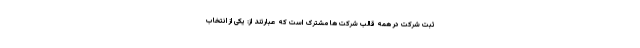
ثبت شرکت در همه قالب شرکت ها مشترک است که عبارتند از: یکی از انتخاب